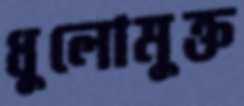
ধুলোমুক্ত